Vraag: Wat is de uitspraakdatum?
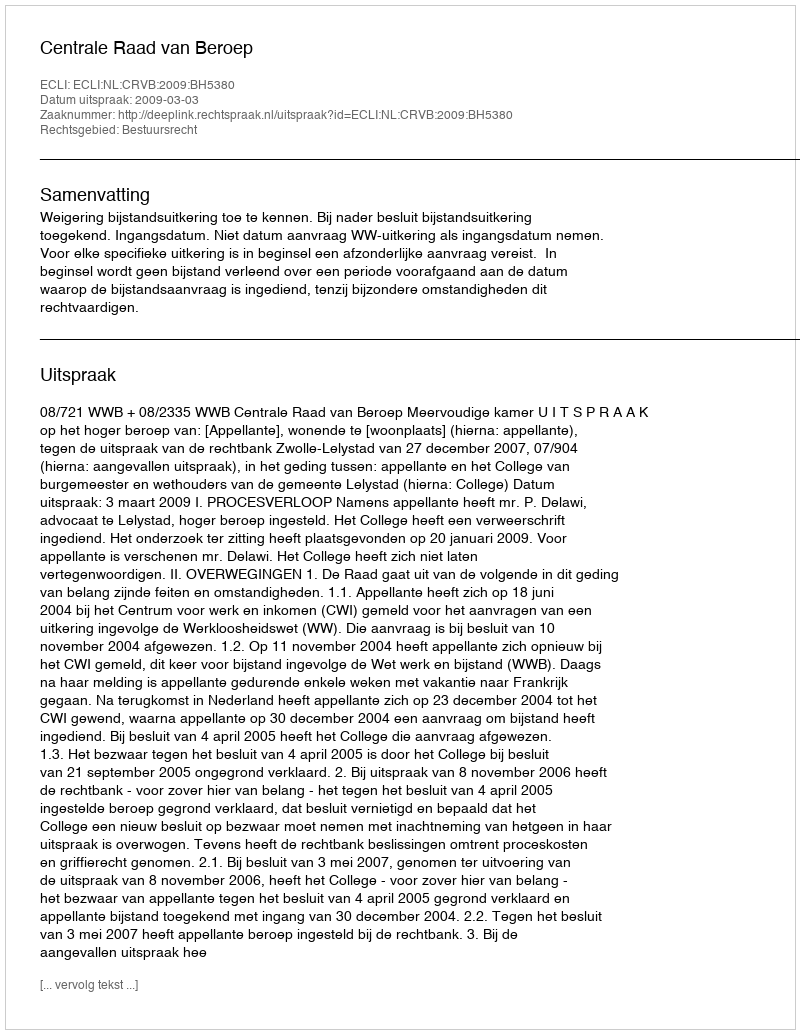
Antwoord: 2009-03-03